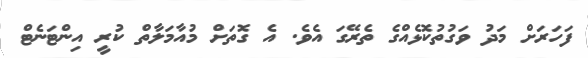
ފަހަރަށް މަދު ވަގުތުކޮޅެއްގެ ތެރޭގަ އެވެ. އެ ގޮތަށް މުއާމަލާތް ކުރީ އިންޓަނެޓް